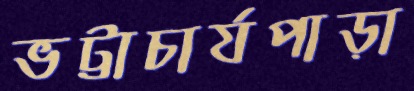
ভট্টাচার্যপাড়া